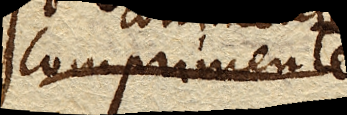
comprimente